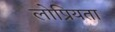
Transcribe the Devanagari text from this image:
लोप्रियता